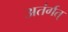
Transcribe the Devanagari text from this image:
अतंर्गत्